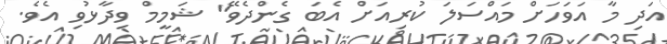
އަދި މާ އަވަހަށް މައްސަލަ ކުރިއަށް އެބަ ގެންދެވޭ" ޝަމީމް ވިދާޅުވި އެވެ.